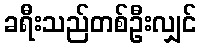
ခရီးသည်တစ်ဦးလျှင်